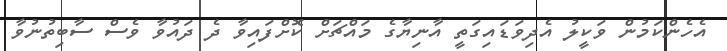
އެހެންކަމުން ވަކީލު އެދިވަޑައިގަތީ އާނިޔާގެ މައްޗަށް ކޮށްފައިވާ ދެ ދައުވާ ވެސް ސާބިތުނުވާ